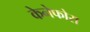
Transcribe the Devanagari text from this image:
केनेफोरा